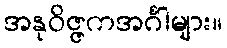
အနုဝိဇ္ဇကအင်္ဂါများ။